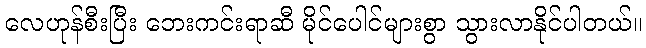
လေဟုန်စီးပြီး ဘေးကင်းရာဆီ မိုင်ပေါင်များစွာ သွားလာနိုင်ပါတယ်။